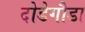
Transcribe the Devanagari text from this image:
दोडेगौडा